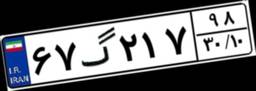
۶۷گ۲۱۷۹۸